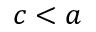
c < a